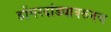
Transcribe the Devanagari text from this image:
डोंगरदांड्यावरूनच